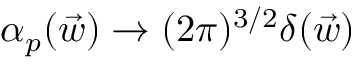
{ \alpha } _ { p } ( \vec { w } ) \to ( 2 \pi ) ^ { 3 / 2 } \delta ( \vec { w } )